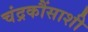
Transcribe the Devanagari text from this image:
चंद्रकौंसाशी